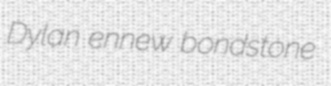
Dylan ennew bondstone